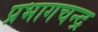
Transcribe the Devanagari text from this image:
प्रभागचन्द्र